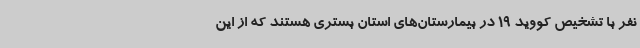
نفر با تشخیص کووید 19 در بیمارستان‌های استان بستری هستند که از این